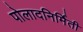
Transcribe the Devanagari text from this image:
पोलादनिर्मिती